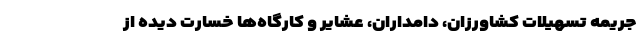
جریمه تسهیلات کشاورزان، دامداران، عشایر و کارگاه‌ها خسارت دیده از